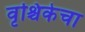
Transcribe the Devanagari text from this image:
वृश्चिकेचा